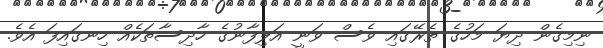
ނިމިގެން ދިޔަ މަހުގެ ތެރޭގައި ވެސް ވަނީ އަލިފާނުގެ ހާދިސާތަކެއް ހިނގައިފަ އެވެ.